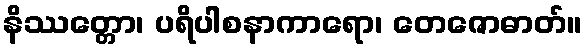
နိဿတ္တော၊ ပရိပါစနာကာရော၊ တေဇောဓာတ်။